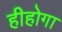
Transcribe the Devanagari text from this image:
हीहोगा